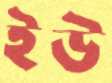
ইউ